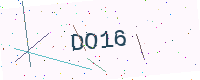
Text: DO16